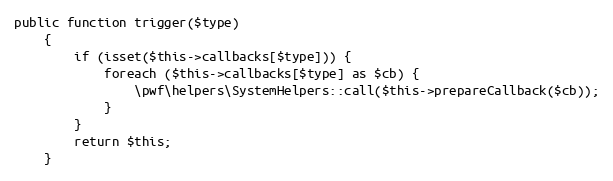
Language: PHP
public function trigger($type)
    {
        if (isset($this->callbacks[$type])) {
            foreach ($this->callbacks[$type] as $cb) {
                \pwf\helpers\SystemHelpers::call($this->prepareCallback($cb));
            }
        }
        return $this;
    }